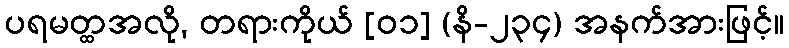
ပရမတ္ထအလို, တရားကိုယ် [၀၁] (နိ-၂၃၄) အနက်အားဖြင့်။